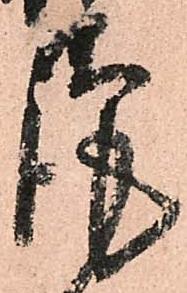
謹